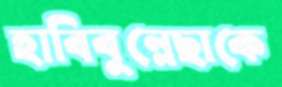
হাবিবুন্নেছাকে